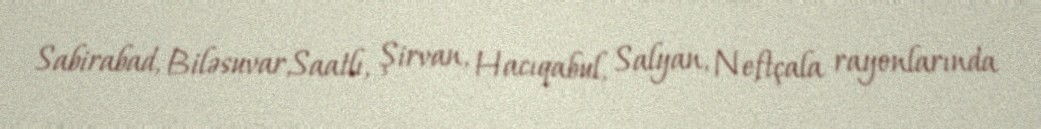
Sabirabad, Biləsuvar,Saatlı, Şirvan, Hacıqabul, Salyan, Neftçala rayonlarında